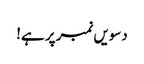
دسویں نمبر پر ہے!